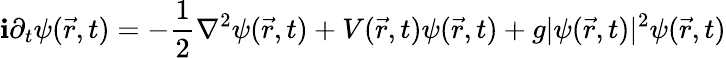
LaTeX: \mathbf{i}\partial_{t}\psi(\vec{{r}},t)=-\frac{{1}}{{2}}\nabla^{2}\psi(\vec{{r}},t)+V(\vec{{r}},t)\psi(\vec{{r}},t)+g|\psi(\vec{{r}},t)|^{2}\psi(\vec{{r}},t)